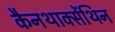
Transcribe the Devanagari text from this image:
कैनथाक्सेंथिन